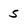
Character: S